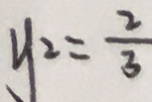
y ^ { 2 } = \frac { 2 } { 3 }